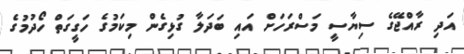
އަދި ރާއްޖޭގެ ސިޔާސީ މަސްރަހަށް އައި ބަދަލާ ގުޅިގެން މިކަމުގެ ހަގީގަތް ހޯދުމުގެ